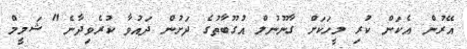
އޭރުން އެކަން ކުރި މީހަކަށް ގާނޫނުލް އުގޫބާތުގެ ދަށުން ދައުވާ ކުރެވިދާނެ" ޝަމީމް